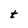
Character: t